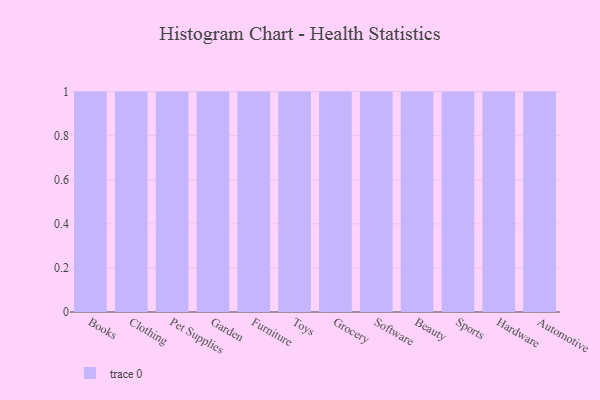
{"axis": {"x": "Category", "y": "Budget (USD K)"}, "legend": [""], "data": [{"x": "Books", "y": 10, "type": ""}, {"x": "Clothing", "y": 65, "type": ""}, {"x": "Pet Supplies", "y": 3, "type": ""}, {"x": "Garden", "y": 52, "type": ""}, {"x": "Furniture", "y": 67, "type": ""}, {"x": "Toys", "y": 43, "type": ""}, {"x": "Grocery", "y": 72, "type": ""}, {"x": "Software", "y": 61, "type": ""}, {"x": "Beauty", "y": 97, "type": ""}, {"x": "Sports", "y": 63, "type": ""}, {"x": "Hardware", "y": 96, "type": ""}, {"x": "Automotive", "y": 21, "type": ""}]}